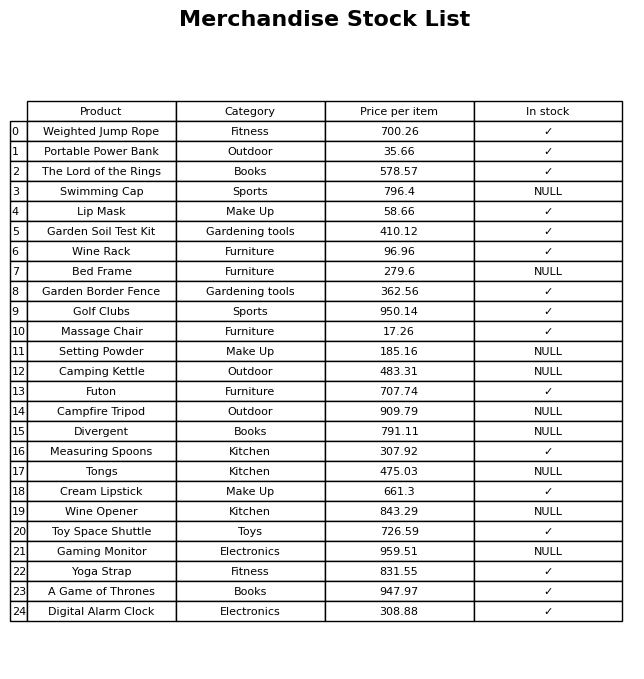
question: What is the price of the Wine Opener?
answer: The price of Wine Opener is 843.29.